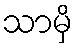
သာမှိ